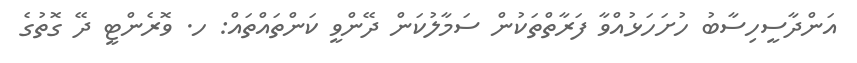
އަންދާސީހިސާބު ހުށަހަޅުއްވާ ފަރާތްތަކުން ސަމާލުކަން ދޭންވީ ކަންތައްތައް: ހ. ވޮރެންޓީ ދޭ ގޮތުގެ